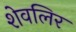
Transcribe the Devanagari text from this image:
शेवलिर